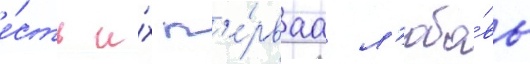
е́сть и́х п'е́рваа л'юбо́вь